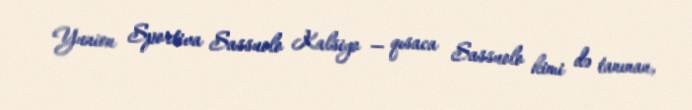
Yunion Sportiva Sassuolo Kalsiyo — qısaca Sassuolo kimi də tanınan,